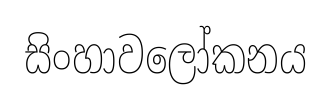
සිංහාවලෝකනය